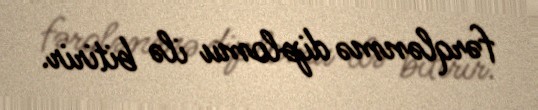
fərqlənmə diplomu ilə bitirir.